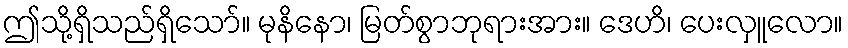
ဤသို့ရှိသည်ရှိသော်။ မုနိနော၊ မြတ်စွာဘုရားအား။ ဒေဟိ၊ ပေးလှူလော။